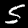
Digit: 5